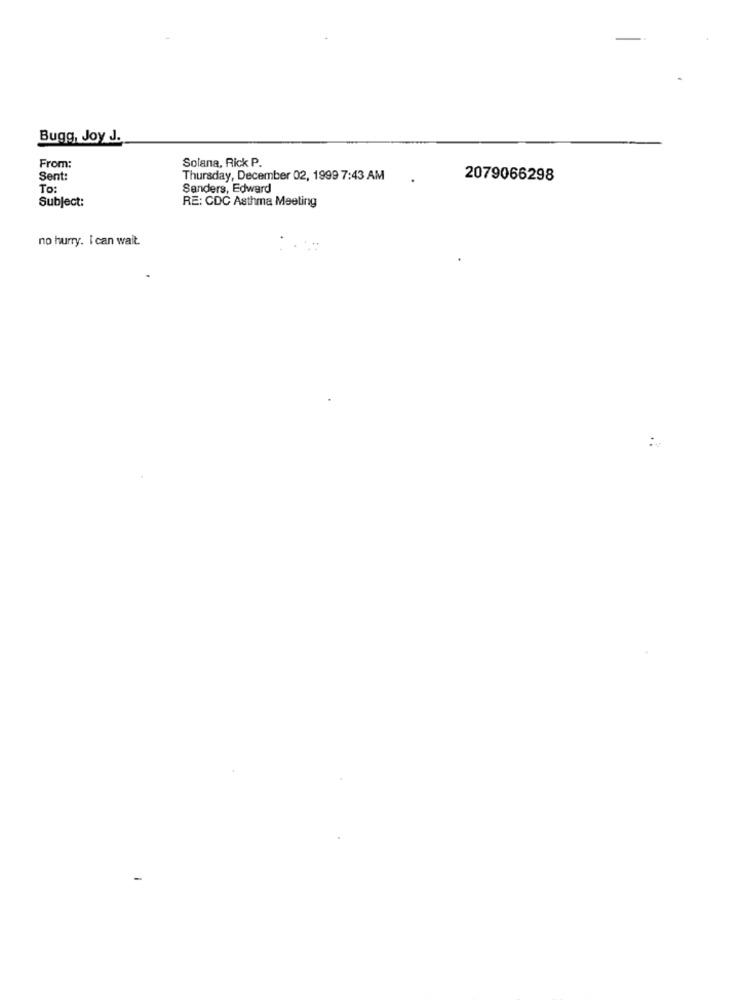
Bugg, Joy J.
Solana, Rick P.
From:
Sent:
Thursday, December 02, 1999 7:43 AM
2079066298
To:
Sanders, Edward
Subject:
RE: CDC Asthma Meeting
no hurry. I can wait.
..